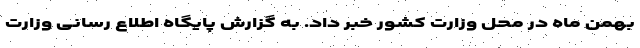
بهمن ماه در محل وزارت کشور خبر داد. به گزارش پایگاه اطلاع رسانی وزارت